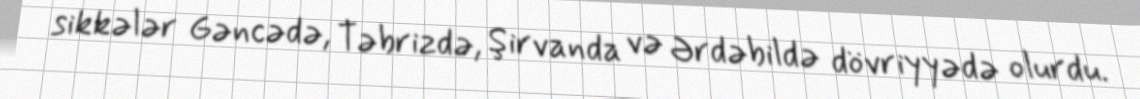
sikkələr Gəncədə, Təbrizdə, Şirvanda və Ərdəbildə dövriyyədə olurdu.